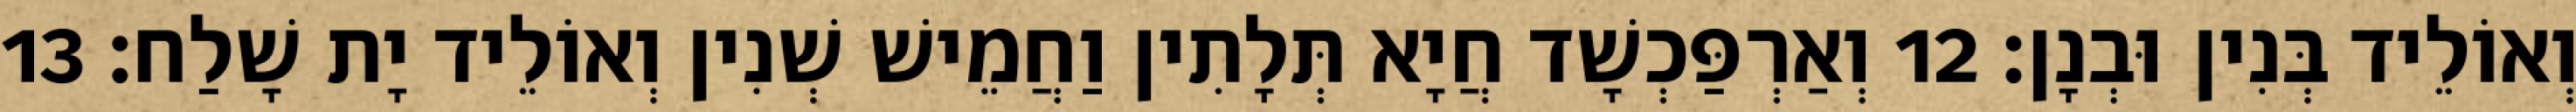
וְאוֹלֵיד בְּנִין וּבְנָן׃ 12 וְאַרְפַּכְשָׁד חֲיָא תְּלָתִין וַחֲמֵישׁ שְׁנִין וְאוֹלֵיד יָת שָׁלַח׃ 13